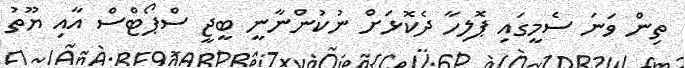
ތިން ވަނަ ސެމީގައި ޕޮލިހާ ދެކޮޅަށް ނުކުންނާނީ ބީޖީ ސްޕޯޓްސް އާއި ޔޫތު